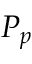
P _ { p }